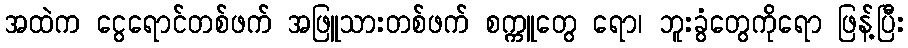
အထဲက ငွေရောင်တစ်ဖက် အဖြူသားတစ်ဖက် စက္ကူတွေ ရော၊ ဘူးခွံတွေကိုရော ဖြန့်ပြီး